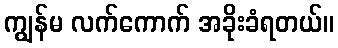
ကျွန်မ လက်ကောက် အခိုးခံရတယ်။